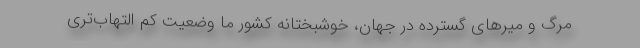
مرگ و میرهای گسترده در جهان، خوشبختانه کشور ما وضعیت کم التهاب‌تری